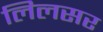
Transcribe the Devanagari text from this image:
लिलसर